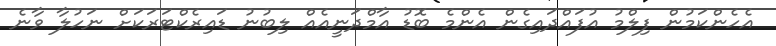
އެހެންކަމުން ފިލްމު އުފައްދައިގެން އެންމެ ބޮޑު އާމްދަނީއެއް ލިބުނު ޑައިރެކްޓަރަކަށް ނަހުލާ ވާނެ